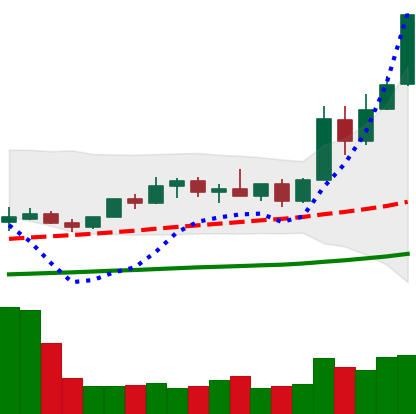
Ticker: XMR-USD
Chart end date: 2019-05-15
Forward return: -6.883%
Label: down_5_7